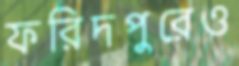
ফরিদপুরেও